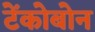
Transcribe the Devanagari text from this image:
टेंकोबोन